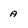
Character: a